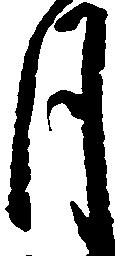
月